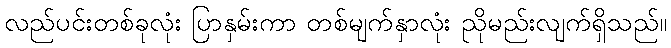
လည်ပင်းတစ်ခုလုံး ပြာနှမ်းကာ တစ်မျက်နှာလုံး ညိုမည်းလျက်ရှိသည်။